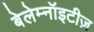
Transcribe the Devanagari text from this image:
बेलेम्नॉइटीज़